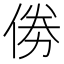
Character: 𠉮